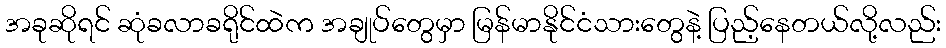
အခုဆိုရင် ဆုံခလာခရိုင်ထဲက အချုပ်တွေမှာ မြန်မာနိုင်ငံသားတွေနဲ့ ပြည့်နေတယ်လို့လည်း